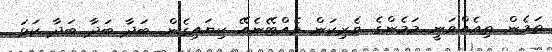
ތަމެން ތިއެއްވަނީ މަމެންގެ ވެރިކަން ވެއްޓޭނެއޭ ކިޔައިގެން. ބަދާ ބަދާ ބަދާ ކަޅަ